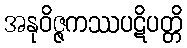
အနုဝိဇ္ဇကဿပဋိပတ္တိ